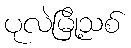
ပုလဲမြို့သစ်